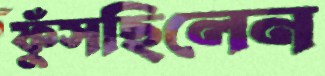
ফুঁসছিলেন